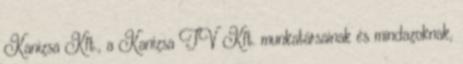
Kanizsa Kft., a Kanizsa TV Kft. munkatársainak és mindazoknak,